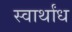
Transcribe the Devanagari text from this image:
स्वार्थांध